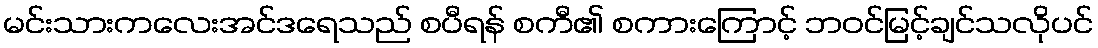
မင်းသားကလေးအင်ဒရေသည် စပီရန် စကီ၏ စကားကြောင့် ဘဝင်မြင့်ချင်သလိုပင်